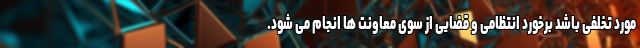
مورد تخلفی باشد برخورد انتظامی و قضایی از سوی معاونت ها انجام می شود.